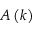
A \left( k \right)